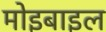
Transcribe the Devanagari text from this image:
मोइबाइल